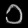
Digit: ၁